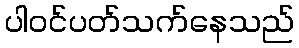
ပါဝင်ပတ်သက်နေသည်